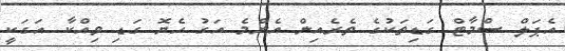
އެޕަލް ސްމާޓް ގަޑިތަކުގެ ތެރެއިން އެންމެ އަގު ހެޔޮ ގަޑި ވިއްކާ އަގަކީ